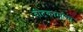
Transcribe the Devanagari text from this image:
वीटकामाचा